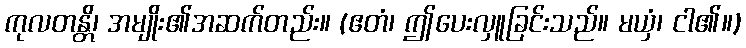
ကုလတန္တိ၊ အမျိုး၏အဆက်တည်း။ (ဧတံ၊ ဤပေးလှူခြင်းသည်။ မယှံ၊ ငါ၏။)